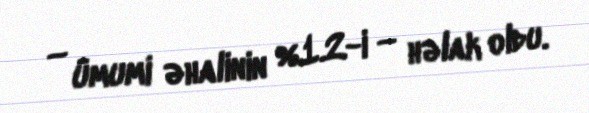
— ümumi əhalinin %1.2-i — həlak oldu.